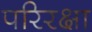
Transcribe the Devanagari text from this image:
परिरक्षा